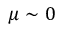
\mu \sim 0